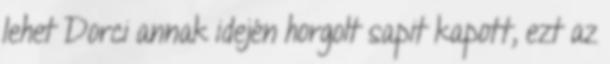
lehet Dorci annak idején horgolt sapit kapott, ezt az